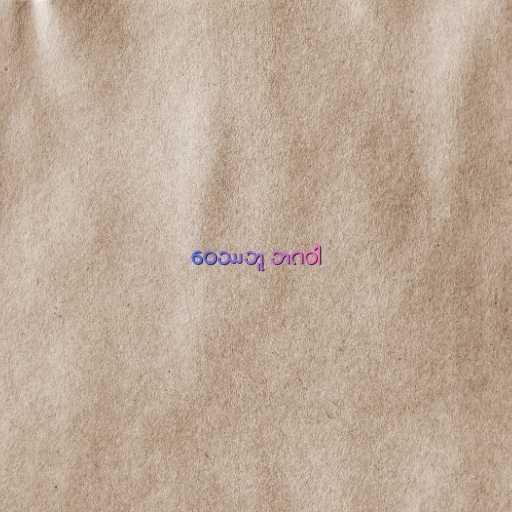
ဝေဿဘူ ဘဂဝါ